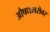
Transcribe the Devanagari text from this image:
औषधाबरोबर